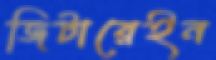
জিটারেইন